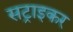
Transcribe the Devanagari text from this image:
सट्राइकर